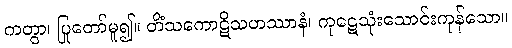
ကတွာ၊ ပြုတော်မူ၍။ တိံသကောဋိသဟဿာနံ၊ ကုဋေသုံးသောင်းကုန်သော။